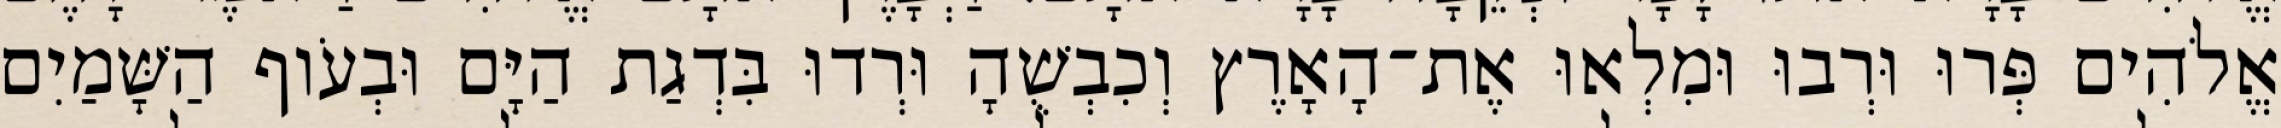
אֱלֹהִים פְּרוּ וּרְבוּ וּמִלְאוּ אֶת־הָאָרֶץ וְכִבְשֻׁהָ וּרְדוּ בִּדְגַת הַיָּם וּבְעֹוף הַשָּׁמַיִם